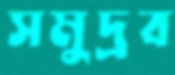
সমুদ্রব